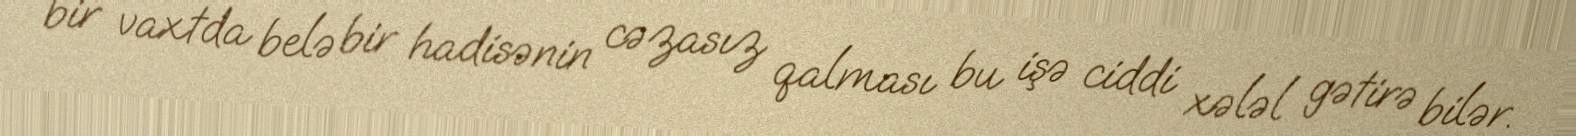
bir vaxtda belə bir hadisənin cəzasız qalması bu işə ciddi xələl gətirə bilər.